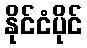
နိုင်ငံပိုင်